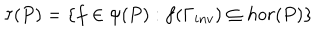
\tau ( P ) = \{ f \in \psi ( P ) : f ( \Gamma _ { i n v } ) \subseteq h o r ( P ) \}